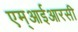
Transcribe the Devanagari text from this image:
एम्आईआरसी